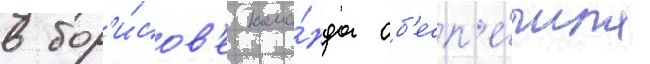
в бор'и́сов'е кома́нда об'есп'е́чила